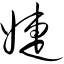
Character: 婕